Report of the Indian Hemp Drugs Commission, 1894-1895 - Volume I
Year: 1894
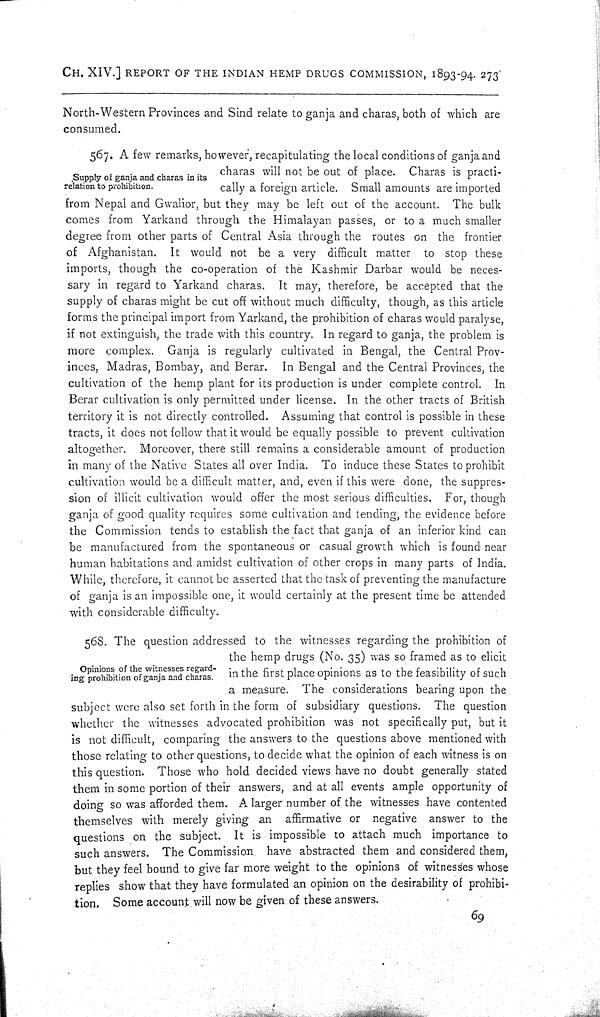
CH. XIV.] REPORT OF THE INDIAN HEMP DRUGS COMMISSION, 1893-94. 273
North-Western Provinces and Sind relate to ganja and charas, both of which are
consumed.
Supply of ganja and charas in its
relation to prohibition.
567. A few remarks, however, recapitulating the local conditions of ganja and
charas will not be out of place. Charas is practi-
cally a foreign article. Small amounts are imported
from Nepal and Gwalior, but they may be left out of the account. The bulk
comes from Yarkand through the Himalayan passes, or to a much smaller
degree from other parts of Central Asia through the routes on the frontier
of Afghanistan. It would not be a very difficult matter to stop these
imports, though the co-operation of the Kashmir Darbar would be neces-
sary in regard to Yarkand charas. It may, therefore, be accepted that the
supply of charas might be cut off without much difficulty, though, as this article
forms the principal import from Yarkand, the prohibition of charas would paralyse,
if not extinguish, the trade with this country. In regard to ganja, the problem is
more complex. Ganja is regularly cultivated in Bengal, the Central Prov-
inces, Madras, Bombay, and Berar. In Bengal and the Central Provinces, the
cultivation of the hemp plant for its production is under complete control. In
Berar cultivation is only permitted under license. In the other tracts of British
territory it is not directly controlled. Assuming that control is possible in these
tracts, it does not follow that it would be equally possible to prevent cultivation
altogether. Moreover, there still remains a considerable amount of production
in many of the Native States all over India. To induce these States to prohibit
cultivation would be a difficult matter, and, even if this were done, the suppres-
sion of illicit cultivation would offer the most serious difficulties. For, though
ganja of good quality requires some cultivation and tending, the evidence before
the Commission tends to establish the fact that ganja of an inferior kind can
be manufactured from the spontaneous or casual growth which is found near
human habitations and amidst cultivation of other crops in many parts of India.
While, therefore, it cannot be asserted that the task of preventing the manufacture
of ganja is an impossible one, it would certainly at the present time be attended
with considerable difficulty.
Opinions of the witnesses regard-
ing prohibition of ganja and charas.
568. The question addressed to the witnesses regarding the prohibition of
the hemp drugs (No. 35) was so framed as to elicit
in the first place opinions as to the feasibility of such
a measure. The considerations bearing upon the
subject were also set forth in the form of subsidiary questions. The question
whether the witnesses advocated prohibition was not specifically put, but it
is not difficult, comparing the answers to the questions above mentioned with
those relating to other questions, to decide what the opinion of each witness is on
this question. Those who hold decided views have no doubt generally stated
them in some portion of their answers, and at all events ample opportunity of
doing so was afforded them. A larger number of the witnesses have contented
themselves with merely giving an affirmative or negative answer to the
questions on the subject. It is impossible to attach much importance to
such answers. The Commission have abstracted them and considered them,
but they feel bound to give far more weight to the opinions of witnesses whose
replies show that they have formulated an opinion on the desirability of prohibi-
tion. Some account will now be given of these answers.
69